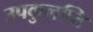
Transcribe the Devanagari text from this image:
उपकुलप्ति